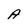
Character: A